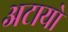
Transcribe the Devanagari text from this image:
अटायो